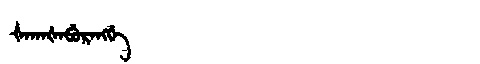
Manchu: ᡧᠠᡴᠠᡧᠠᠪᡠᡵᠠᠩᡤᡝ
Romanization: ŠAKAŠABURANGGE